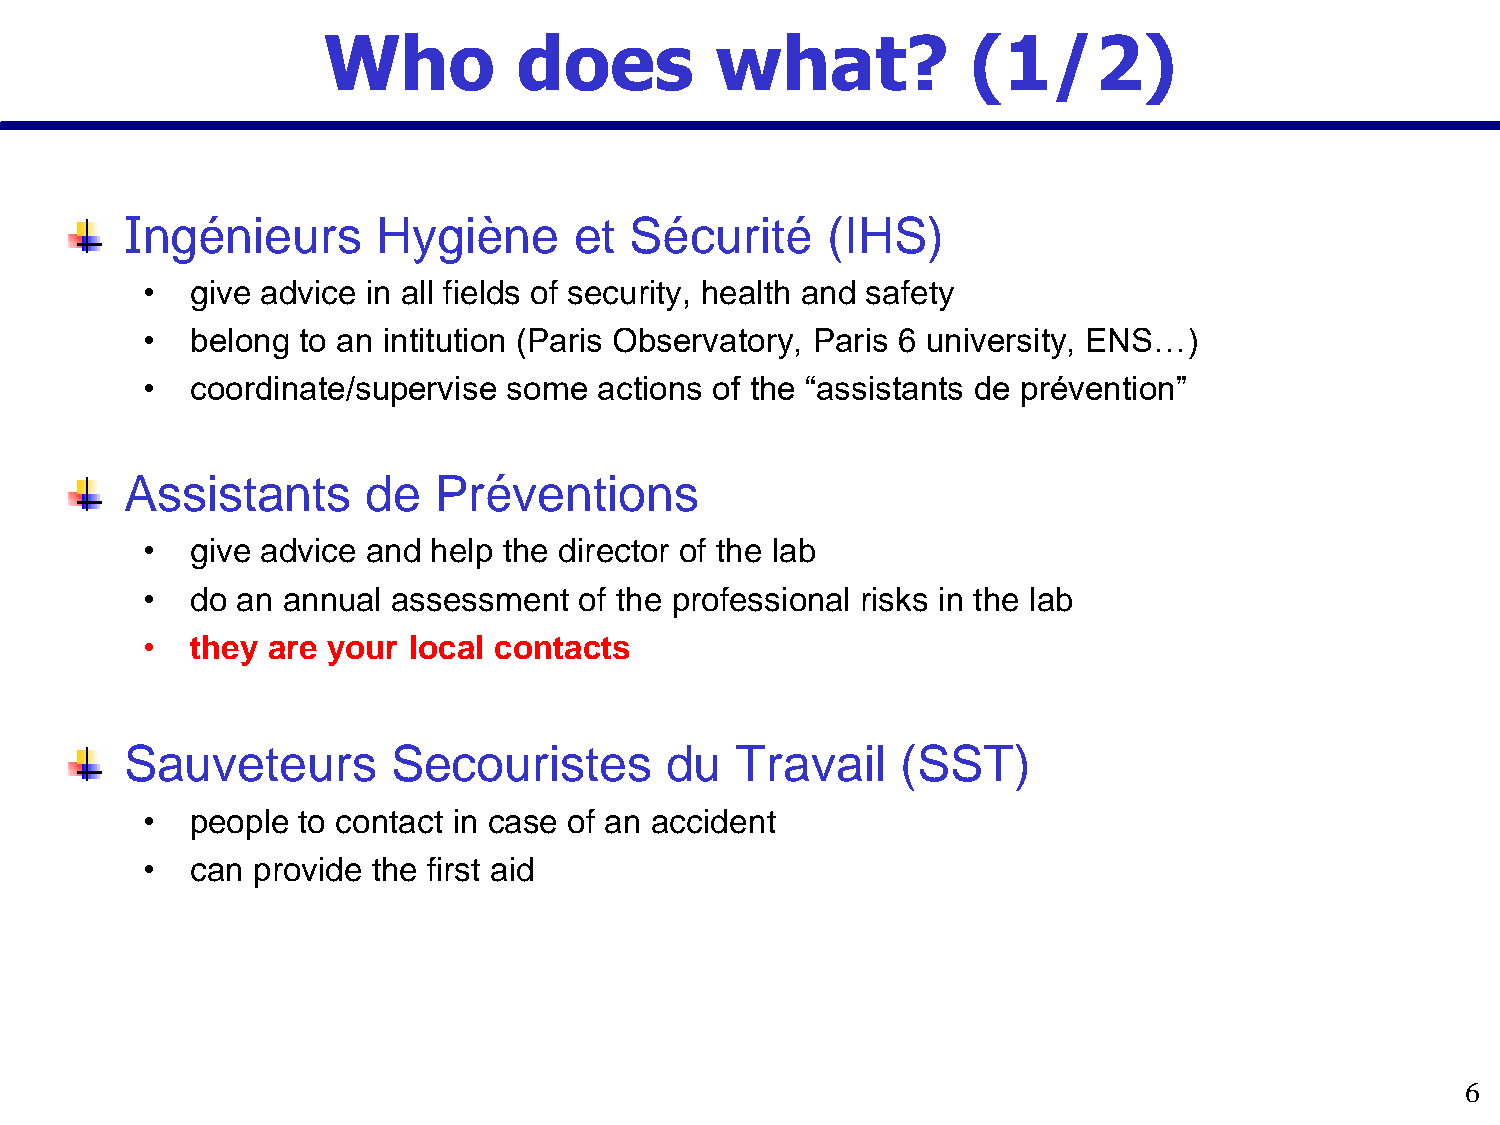
Who          does         what?            (1/2)
 Ingénieurs       Hygiène      et  Sécurité     (IHS)
 •   give advice in all fields of security, health and safety
 •   belong to an intitution (Paris Observatory, Paris 6 university, ENS…)
 •   coordinate/supervise some  actions of the “assistants de prévention”
 Assistants      de   Préventions
 •   give advice and help the director of the lab
 •   do an annual assessment  of the professional risks in the lab
 •   they are your local contacts
 Sauveteurs        Secouristes       du   Travail    (SST)
 •   people to contact in case of an accident
 •   can provide the first aid
 6